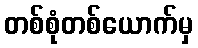
တစ်စုံတစ်ယောက်မှ